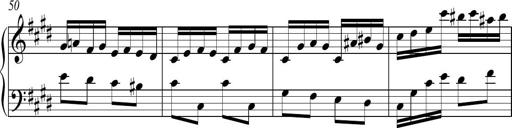
Title: Ten Piano Sonatinas
Composer: Andreas Sain